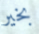
بخير